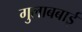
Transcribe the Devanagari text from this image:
गुलाबबाई